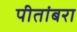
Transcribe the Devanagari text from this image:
पीतांबरा